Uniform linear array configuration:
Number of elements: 12
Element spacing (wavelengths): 0.25
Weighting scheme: uniform
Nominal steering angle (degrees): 15
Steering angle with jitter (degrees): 13.806
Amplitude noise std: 0.05
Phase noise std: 0.05

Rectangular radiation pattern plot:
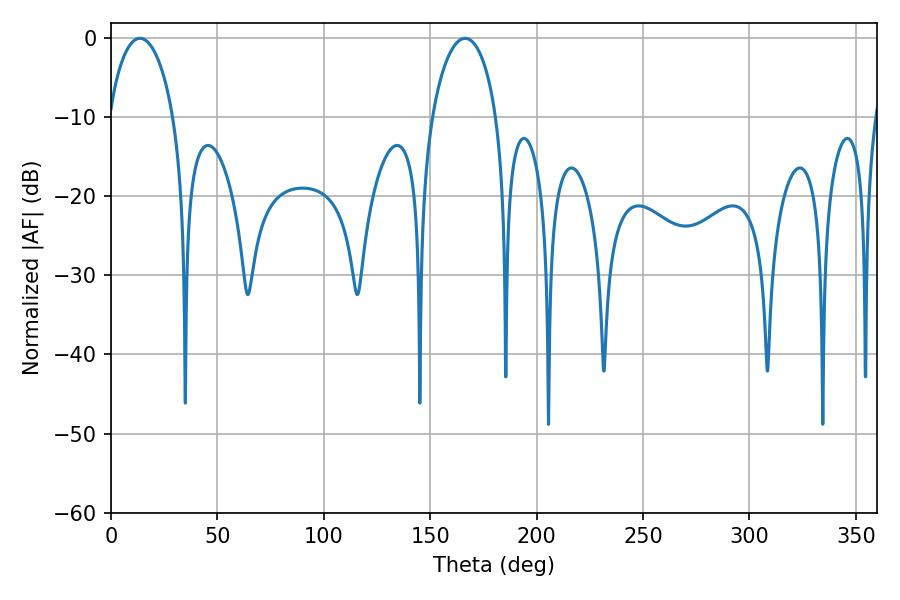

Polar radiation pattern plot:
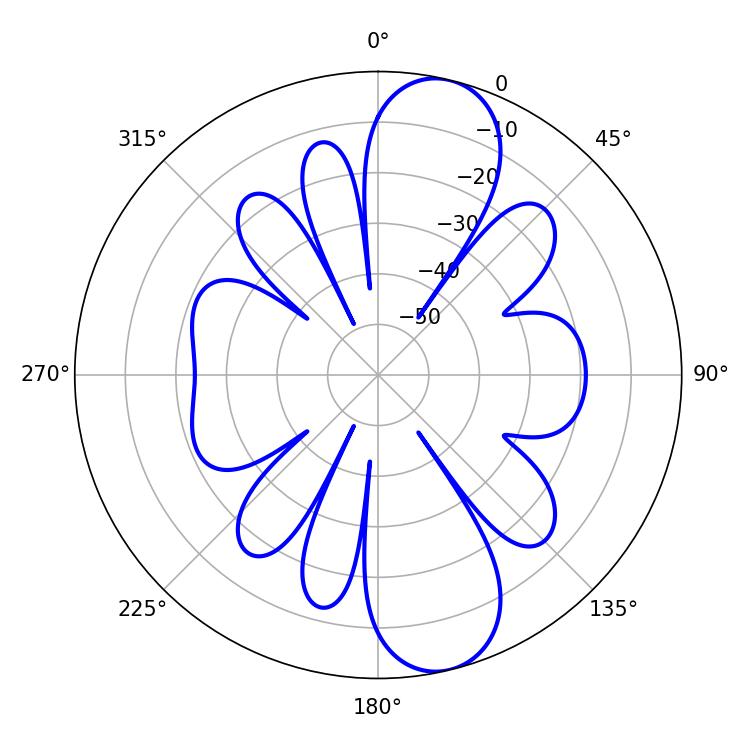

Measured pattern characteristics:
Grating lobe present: FALSE
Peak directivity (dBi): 11.097
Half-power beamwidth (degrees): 17.46
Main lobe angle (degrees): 13.68